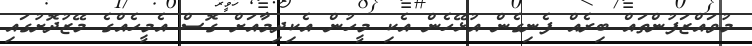
މުވައްޒަފުންތައް ބިރެއް ފެނިގެން އުޅޭހެން އެކި މީހުން އެކިދިމާއަށް ގޮސް އެމީހެއްގެ މޭޒުދޮށުގައި